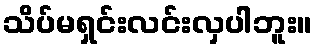
သိပ်မရှင်းလင်းလှပါဘူး။